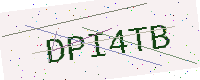
Text: DPI4TB